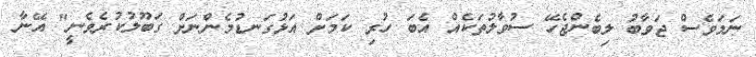
ނަމަވެސް ޖަވާބު ލިބެންޖެހޭ ސުވާލުތަކެއް އެބަ ހުރި ކަމަށް އަޅުގަނޑުމެންނަށް ގަބޫލުކުރެވެނީ" އޭނާ